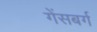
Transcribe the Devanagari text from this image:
गेंसबर्ग